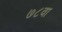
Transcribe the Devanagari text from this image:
७८वा